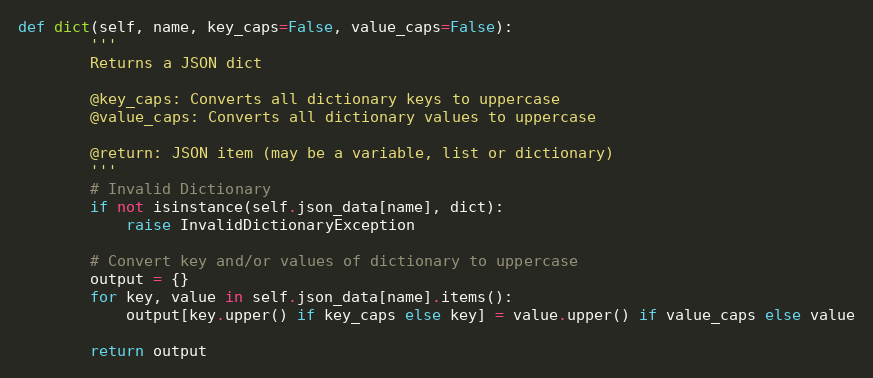
Language: Python
def dict(self, name, key_caps=False, value_caps=False):
        '''
        Returns a JSON dict

        @key_caps: Converts all dictionary keys to uppercase
        @value_caps: Converts all dictionary values to uppercase

        @return: JSON item (may be a variable, list or dictionary)
        '''
        # Invalid Dictionary
        if not isinstance(self.json_data[name], dict):
            raise InvalidDictionaryException

        # Convert key and/or values of dictionary to uppercase
        output = {}
        for key, value in self.json_data[name].items():
            output[key.upper() if key_caps else key] = value.upper() if value_caps else value

        return output